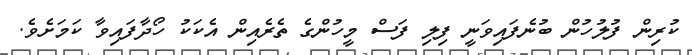
ކުރިން ފުލުހުން ބުނެފައިވަނީ ފިލި ފަސް މީހުންގެ ތެރެއިން އެކަކު ހޯދާފައިވާ ކަމަށެވެ.